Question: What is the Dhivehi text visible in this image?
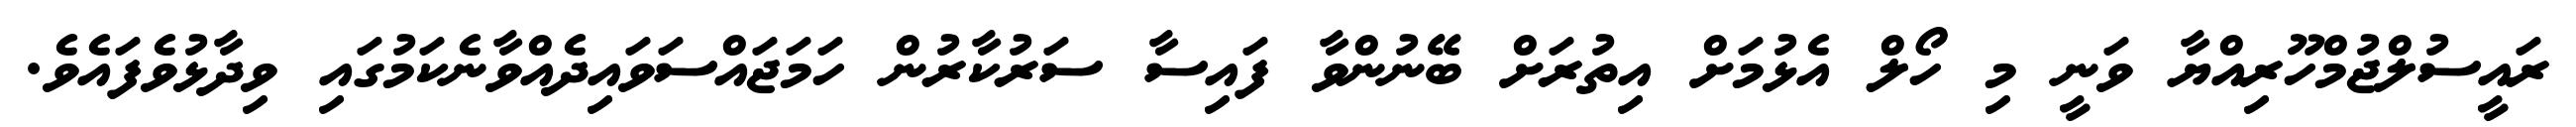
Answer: ރައީސުލްޖުމްހޫރިއްޔާ ވަނީ މި ހޯލް އެޅުމަށް އިތުރަށް ބޭނުންވާ ފައިސާ ސަރުކާރުން ހަމަޖައްސަވައިދެއްވާނެކަމުގައި ވިދާޅުވެފައެވެ.